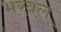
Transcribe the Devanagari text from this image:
भरवल